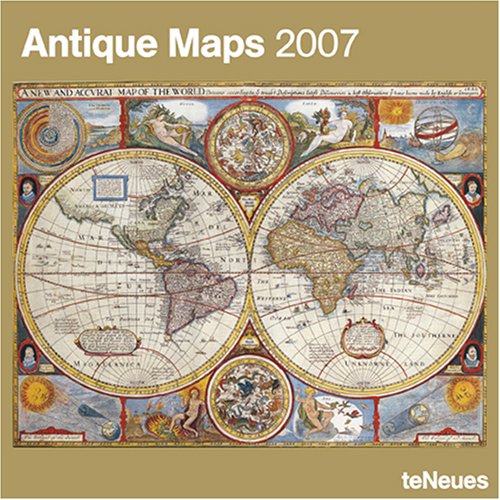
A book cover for Antique Maps 2007 Calendar (Multilingual Edition); Calendars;